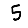
Digit: 5